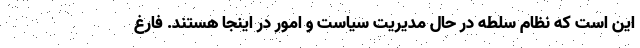
این است که نظام سلطه در حال مدیریت سیاست و امور در اینجا هستند. فارغ